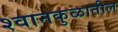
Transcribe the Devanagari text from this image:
श्वानकुळातील